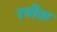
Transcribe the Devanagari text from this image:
रचीता